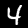
Digit: 4